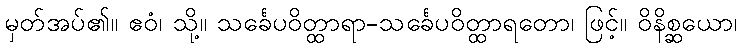
မှတ်အပ်၏။ ဧဝံ၊ သို့။ သင်္ခေပဝိတ္ထာရာ-သင်္ခေပဝိတ္ထာရတော၊ ဖြင့်။ ဝိနိစ္ဆယော၊